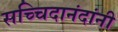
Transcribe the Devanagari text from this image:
सच्चिदानंदांनी